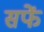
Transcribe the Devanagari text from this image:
सफें